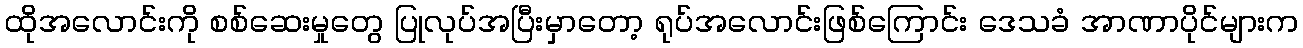
ထိုအလောင်းကို စစ်ဆေးမှုတွေ ပြုလုပ်အပြီးမှာတော့ ရုပ်အလောင်းဖြစ်ကြောင်း ဒေသခံ အာဏာပိုင်များက